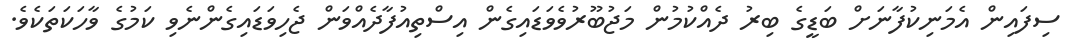
ސިފައިން އެމަނިކުފާނަށް ބަޑީގެ ބިރު ދެއްކުމުން މަޖުބޫރުވެވަޑައިގެން އިސްތިއުފާދެއްވަން ޖެހިވަޑައިގެންނެވި ކަމުގެ ވާހަކަތަކެވެ.